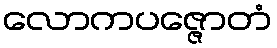
လောကပဇ္ဇောတံ